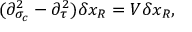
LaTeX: ( \partial _ { \sigma _ { c } } ^ { 2 } - \partial _ { \tau } ^ { 2 } ) \delta x _ { R } = V \delta x _ { R } ,